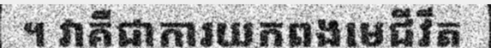
។ វាគឺជាការយកពងមេជីវីត